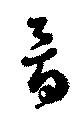
骨